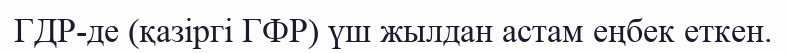
ГДР-де (қазіргі ГФР) үш жылдан астам еңбек еткен.